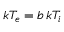
k T _ { e } = b \, k T _ { i }